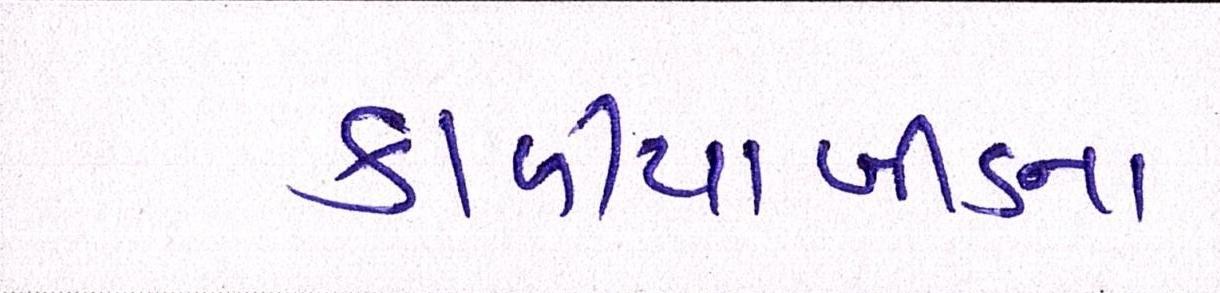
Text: કાળીયાબીડના